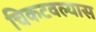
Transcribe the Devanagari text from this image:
चिकटवल्यास